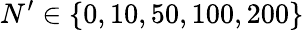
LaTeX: N^{\prime}\in\{ 0,10,50,100,200\}